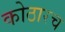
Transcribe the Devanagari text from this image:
कोठारच